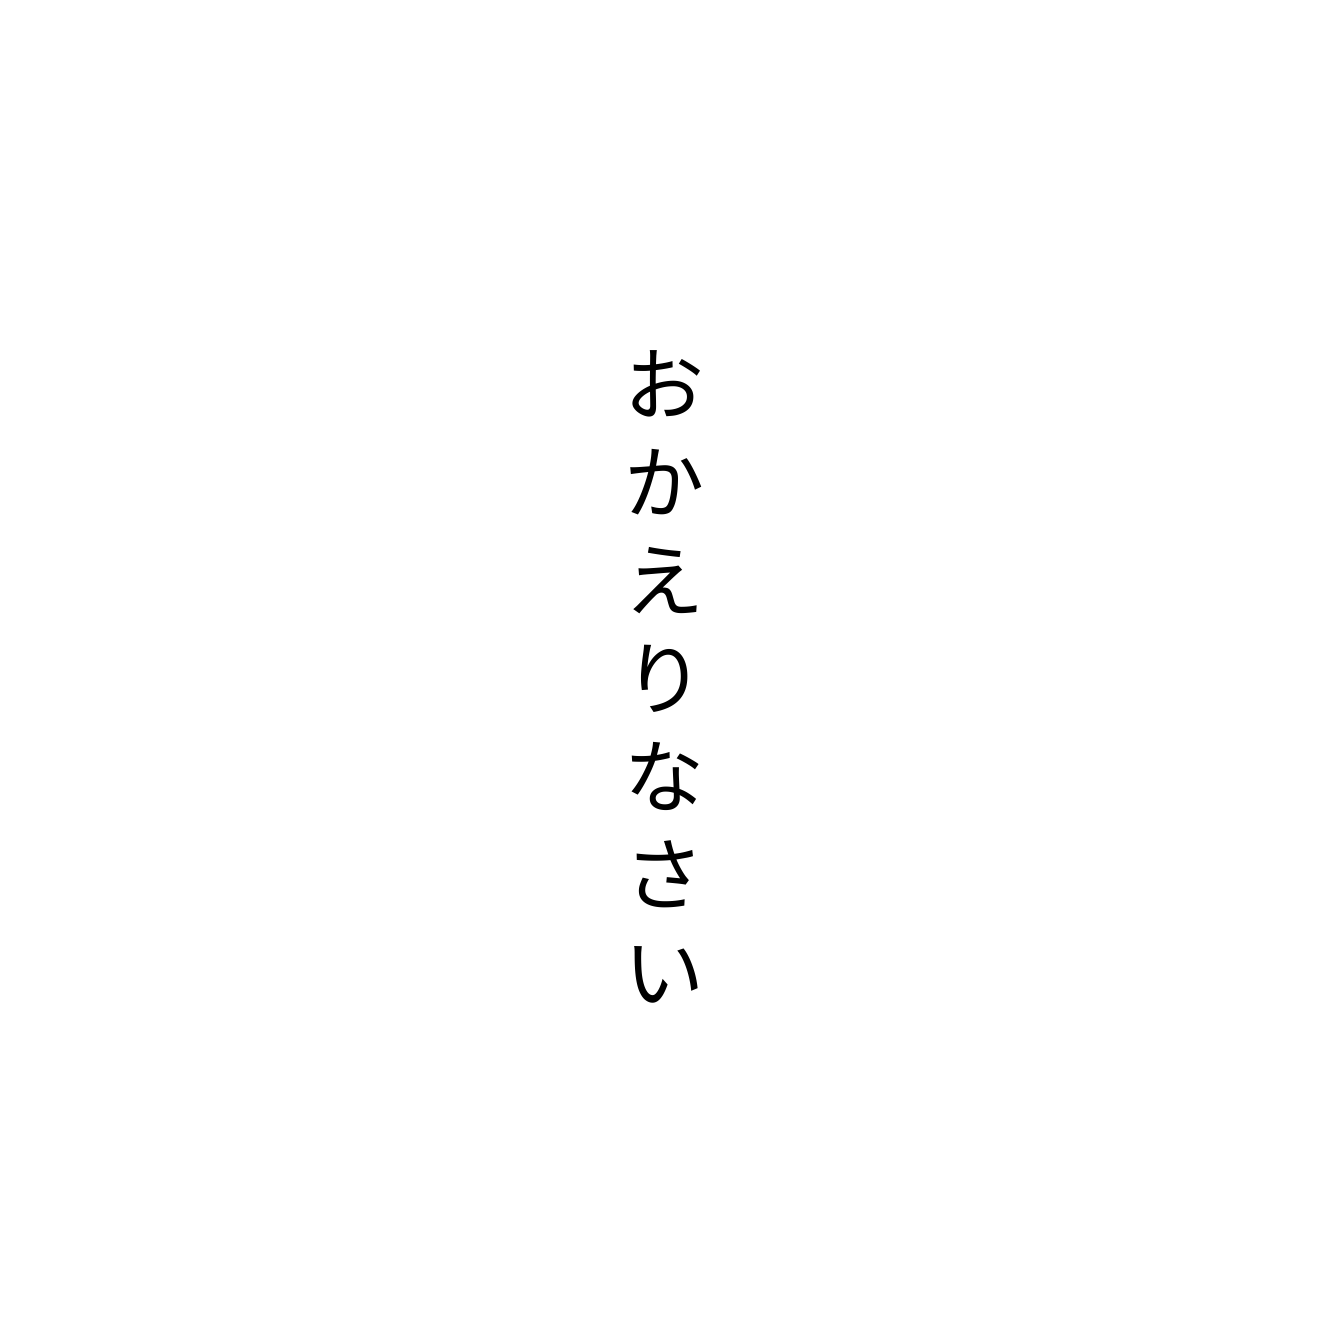
おかえりなさい